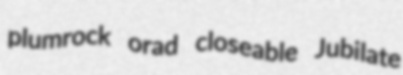
plumrock orad closeable Jubilate